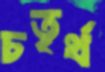
চতৃর্থ